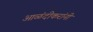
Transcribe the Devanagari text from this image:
आळंदीकरांनी